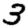
Digit: 3